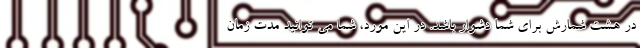
در هشت شمارش برای شما دشوار باشد. در این مورد، شما می توانید مدت زمان